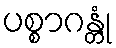
ပစ္စာဂန္တုံ